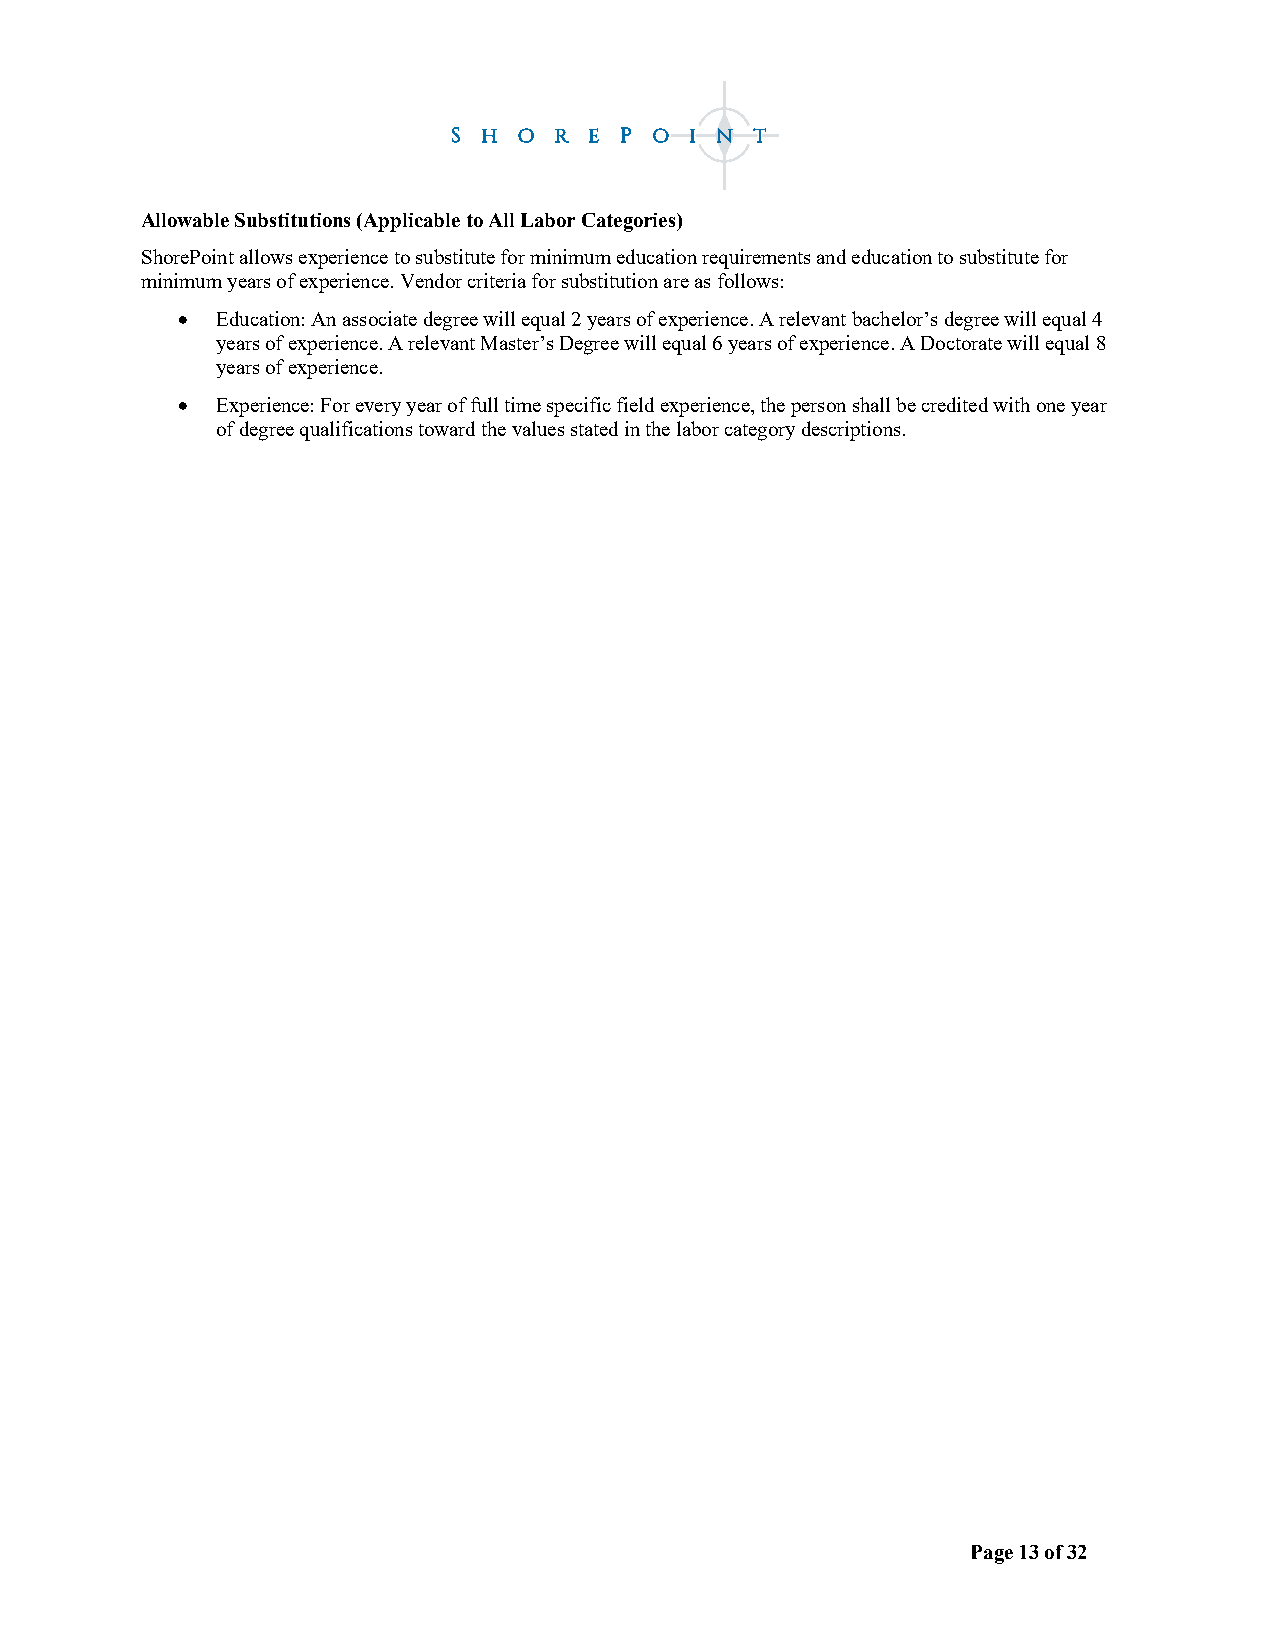
Allowable Substitutions (Applicable to All Labor Categories)
 ShorePoint allows experience to substitute for minimum education requirements and education to substitute for
 minimum years of experience. Vendor criteria for substitution are as follows:
 • Education: An associate degree will equal 2 years of experience. A relevant bachelor’s degree will equal 4
 years of experience. A relevant Master’s Degree will equal 6 years of experience. A Doctorate will equal 8
 years of experience.
 • Experience: For every year of full time specific field experience, the person shall be credited with one year
 of degree qualifications toward the values stated in the labor category descriptions.
 Page 13 of 32